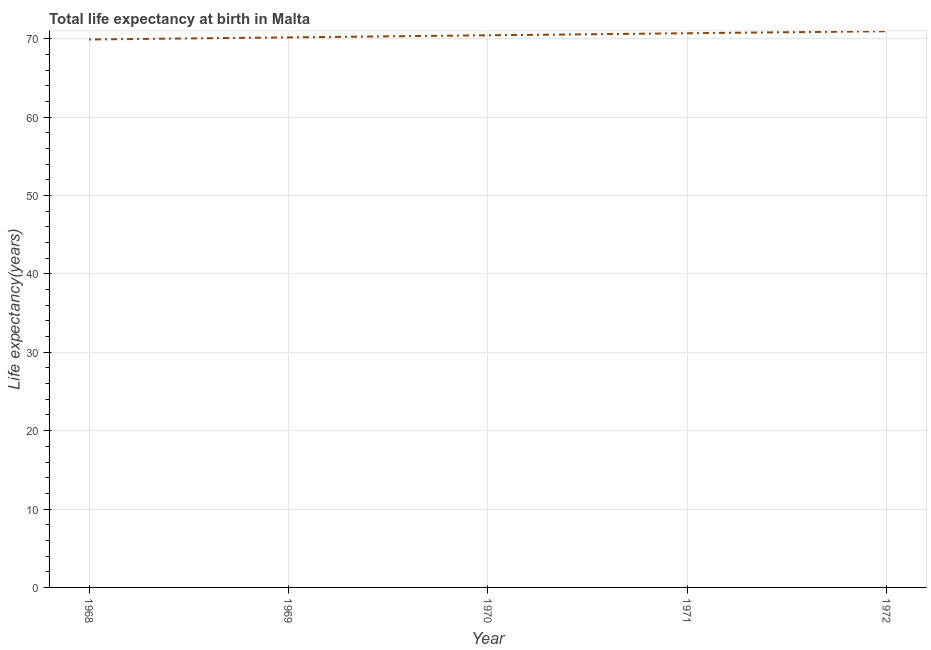
| Year | Life expectancy at birth |
 | --- | --- |
 | 1968 | 69.9 |
 | 1969 | 70.2 |
 | 1970 | 70.4 |
 | 1971 | 70.7 |
 | 1972 | 71 |